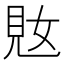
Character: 𫌜